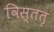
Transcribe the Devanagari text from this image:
विस्ततृ